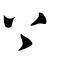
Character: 上